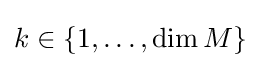
k\in \{1,\dots ,\operatorname {dim} M\}